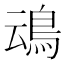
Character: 䲰